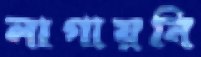
লাগায়নি